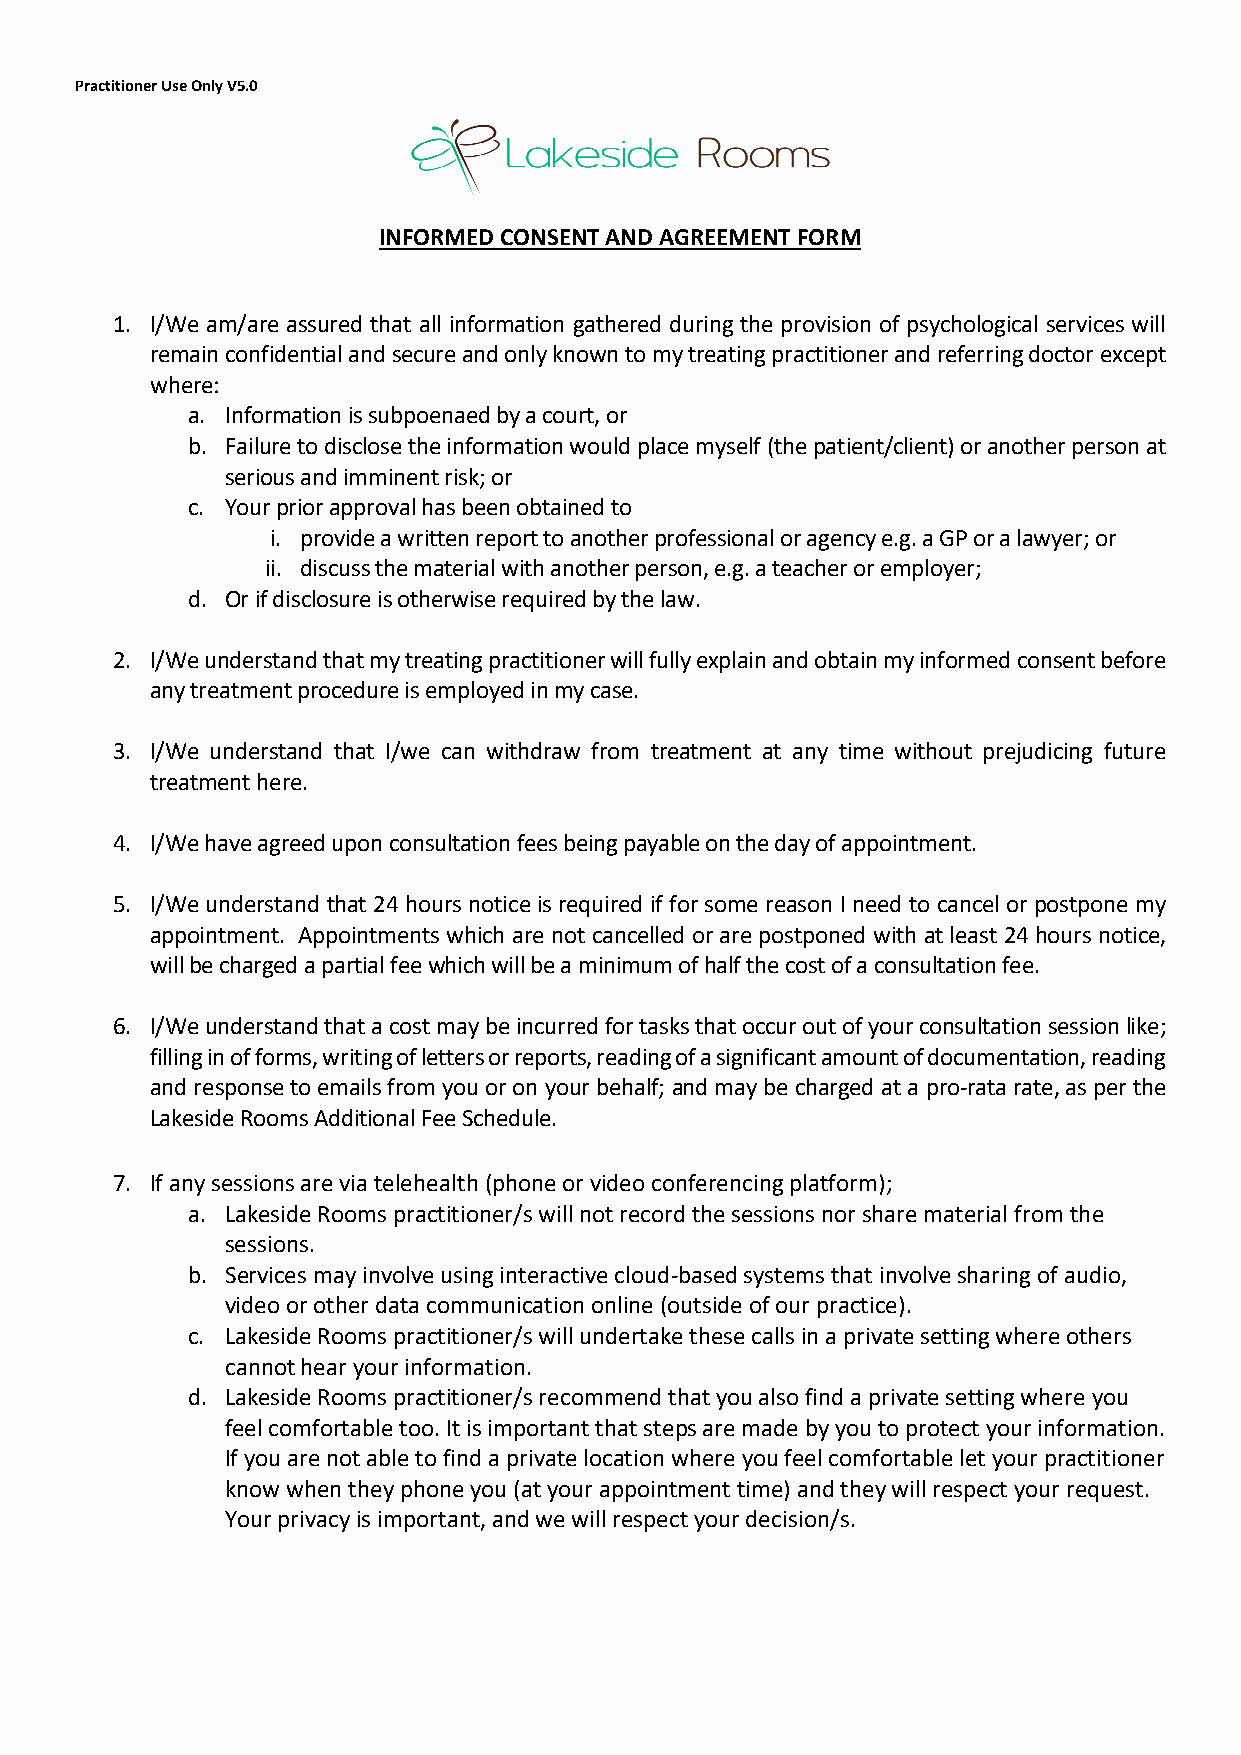
Practitioner Use Only V5.0
 INFORMED CONSENT AND AGREEMENT FORM
 1. I/We am/are assured that all information gathered during the provision of psychological services will
 remain confidential and secure and only known to my treating practitioner and referring doctor except
 where:
 a. Information is subpoenaed by a court, or
 b. Failure to disclose the information would place myself (the patient/client) or another person at
 serious and imminent risk; or
 c. Your prior approval has been obtained to
 i. provide a written report to another professional or agency e.g. a GP or a lawyer; or
 ii. discuss the material with another person, e.g. a teacher or employer;
 d. Or if disclosure is otherwise required by the law.
 2. I/We understand that my treating practitioner will fully explain and obtain my informed consent before
 any treatment procedure is employed in my case.
 3. I/We understand that I/we can withdraw from treatment at any time without prejudicing future
 treatment here.
 4. I/We have agreed upon consultation fees being payable on the day of appointment.
 5. I/We understand that 24 hours notice is required if for some reason I need to cancel or postpone my
 appointment. Appointments which are not cancelled or are postponed with at least 24 hours notice,
 will be charged a partial fee which will be a minimum of half the cost of a consultation fee.
 6. I/We understand that a cost may be incurred for tasks that occur out of your consultation session like;
 filling in of forms, writing of letters or reports, reading of a significant amount of documentation, reading
 and response to emails from you or on your behalf; and may be charged at a pro-rata rate, as per the
 Lakeside Rooms Additional Fee Schedule.
 7. If any sessions are via telehealth (phone or video conferencing platform);
 a. Lakeside Rooms practitioner/s will not record the sessions nor share material from the
 sessions.
 b. Services may involve using interactive cloud-based systems that involve sharing of audio,
 video or other data communication online (outside of our practice).
 c. Lakeside Rooms practitioner/s will undertake these calls in a private setting where others
 cannot hear your information.
 d. Lakeside Rooms practitioner/s recommend that you also find a private setting where you
 feel comfortable too. It is important that steps are made by you to protect your information.
 If you are not able to find a private location where you feel comfortable let your practitioner
 know when they phone you (at your appointment time) and they will respect your request.
 Your privacy is important, and we will respect your decision/s.